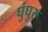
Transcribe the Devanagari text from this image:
घुंघुरू